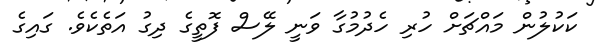
ކަކުލުން މައްޗަށް ހުރި ހެދުމުގާ ވަނީ ލޭސް ފޮތީގެ ދިގު އަތެކެވެ. ގައިގެ